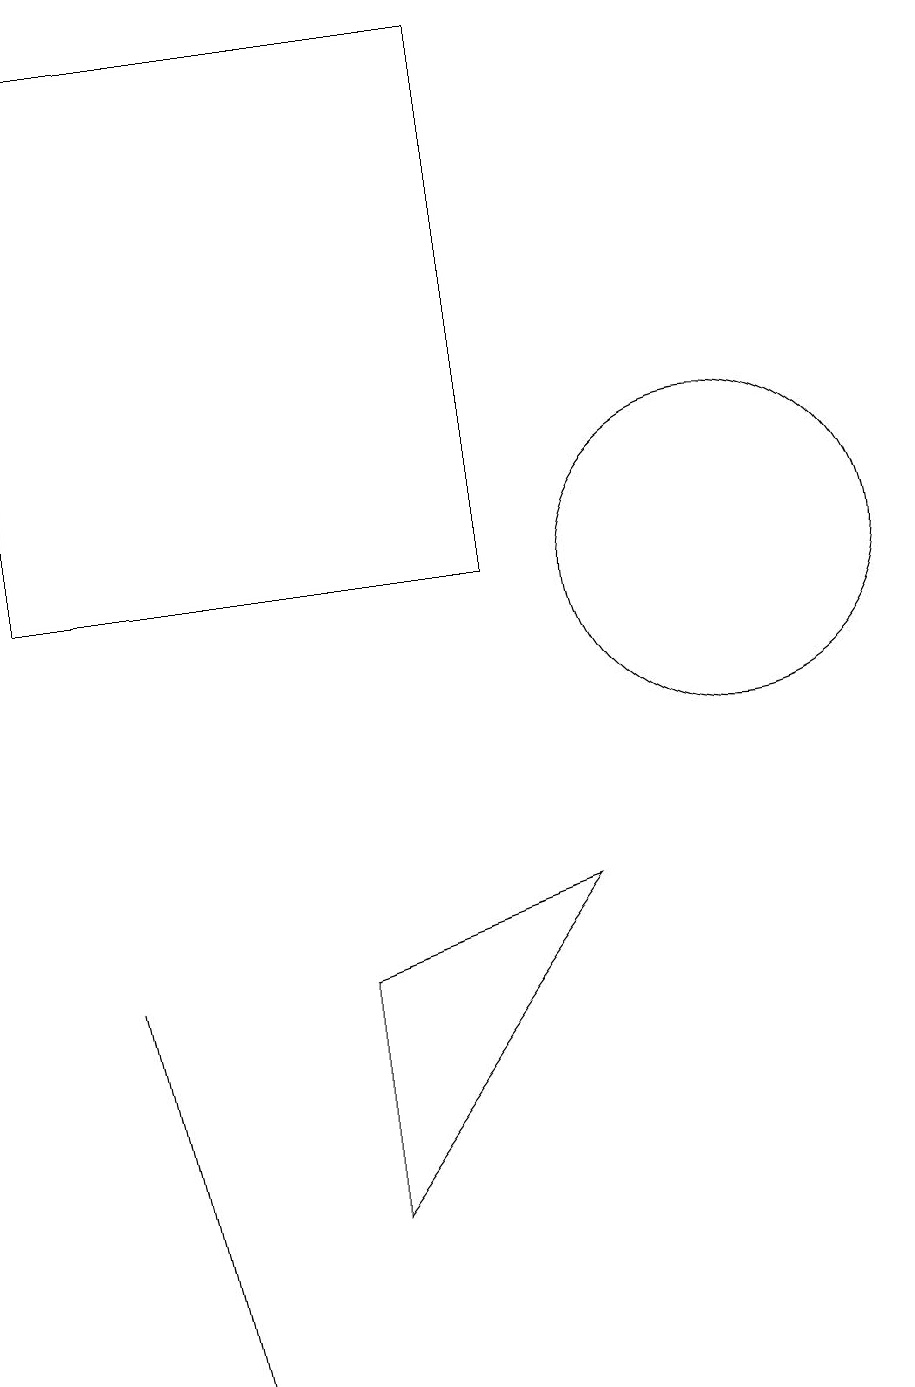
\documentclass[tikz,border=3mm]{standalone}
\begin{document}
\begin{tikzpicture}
\draw (7,11) rectangle (1,18);
\draw (10,11) circle (2);
\draw (2,6) -- (3,1) -- (3,1) -- cycle;
\draw (5,3) -- (5,6) -- (8,7) -- cycle;
\draw (11,11) circle (0);
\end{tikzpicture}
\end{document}